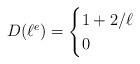
LaTeX: \begin{align*}D(\ell^e) = \begin{cases} 1 + 2/\ell & \\ 0 & \\ \end{cases}\end{align*}